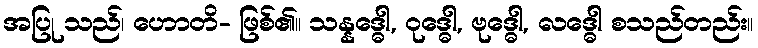
အပြု သည်၊ ဟောတိ- ဖြစ်၏။ သန္နဒ္ဓေါ, ဝုဒ္ဓေါ, ဗုဒ္ဓေါ, လဒ္ဓေါ စသည်တည်း။